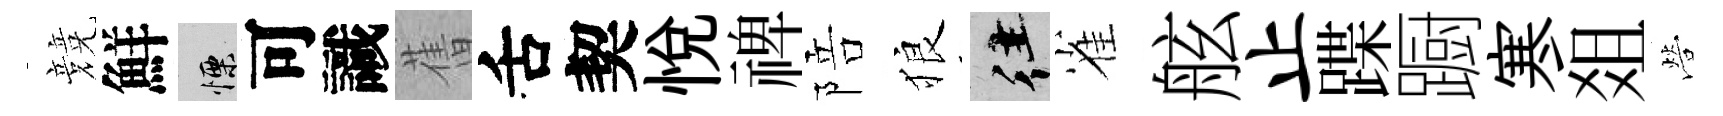
競鮮慄可識𦾔舌契悦禆陪狼往雀舷止蹀蹰寒爼營